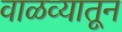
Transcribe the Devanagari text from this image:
वाळव्यातून